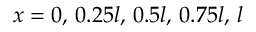
x = 0 , \, 0 . 2 5 l , \, 0 . 5 l , \, 0 . 7 5 l , \, l